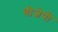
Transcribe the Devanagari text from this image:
वीजेपी